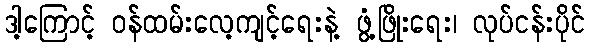
ဒါ့ကြောင့် ဝန်ထမ်းလေ့ကျင့်ရေးနဲ့ ဖွံ့ဖြိုးရေး၊ လုပ်ငန်းပိုင်